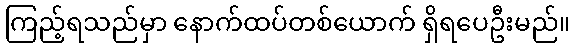
ကြည့်ရသည်မှာ နောက်ထပ်တစ်ယောက် ရှိရပေဦးမည်။